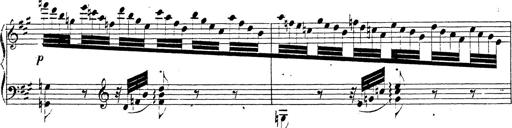
Title: Chanson bohÃ©mienne
Composer: Franz Liszt